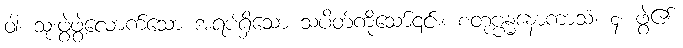
ဝါ၊ သုံးဖွဲ့ဖွဲ့လောက်သော အရပ်ရှိသော သပိတ်ကိုသော်၎င်း။ စတုဗ္ဗန္ဓနောကာသံ၊ ၄၊ ဖွဲ့၏